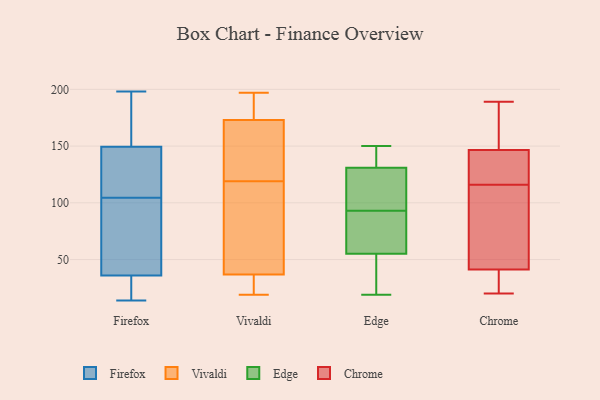
{"axis": {"x": "Satisfaction Score", "y": "Value"}, "legend": ["Chrome", "Edge", "Firefox", "Vivaldi"], "data": [{"x": "", "y": 14, "type": "Firefox"}, {"x": "", "y": 46, "type": "Firefox"}, {"x": "", "y": 152, "type": "Firefox"}, {"x": "", "y": 22, "type": "Firefox"}, {"x": "", "y": 184, "type": "Firefox"}, {"x": "", "y": 20, "type": "Firefox"}, {"x": "", "y": 147, "type": "Firefox"}, {"x": "", "y": 30, "type": "Firefox"}, {"x": "", "y": 130, "type": "Firefox"}, {"x": "", "y": 198, "type": "Firefox"}, {"x": "", "y": 161, "type": "Firefox"}, {"x": "", "y": 100, "type": "Firefox"}, {"x": "", "y": 42, "type": "Firefox"}, {"x": "", "y": 131, "type": "Firefox"}, {"x": "", "y": 175, "type": "Firefox"}, {"x": "", "y": 103, "type": "Firefox"}, {"x": "", "y": 106, "type": "Firefox"}, {"x": "", "y": 20, "type": "Firefox"}, {"x": "", "y": 81, "type": "Firefox"}, {"x": "", "y": 126, "type": "Firefox"}, {"x": "", "y": 185, "type": "Vivaldi"}, {"x": "", "y": 73, "type": "Vivaldi"}, {"x": "", "y": 119, "type": "Vivaldi"}, {"x": "", "y": 155, "type": "Vivaldi"}, {"x": "", "y": 22, "type": "Vivaldi"}, {"x": "", "y": 21, "type": "Vivaldi"}, {"x": "", "y": 136, "type": "Vivaldi"}, {"x": "", "y": 19, "type": "Vivaldi"}, {"x": "", "y": 193, "type": "Vivaldi"}, {"x": "", "y": 33, "type": "Vivaldi"}, {"x": "", "y": 87, "type": "Vivaldi"}, {"x": "", "y": 197, "type": "Vivaldi"}, {"x": "", "y": 90, "type": "Vivaldi"}, {"x": "", "y": 169, "type": "Vivaldi"}, {"x": "", "y": 38, "type": "Vivaldi"}, {"x": "", "y": 145, "type": "Vivaldi"}, {"x": "", "y": 197, "type": "Vivaldi"}, {"x": "", "y": 55, "type": "Edge"}, {"x": "", "y": 101, "type": "Edge"}, {"x": "", "y": 19, "type": "Edge"}, {"x": "", "y": 145, "type": "Edge"}, {"x": "", "y": 34, "type": "Edge"}, {"x": "", "y": 89, "type": "Edge"}, {"x": "", "y": 150, "type": "Edge"}, {"x": "", "y": 42, "type": "Edge"}, {"x": "", "y": 127, "type": "Edge"}, {"x": "", "y": 135, "type": "Edge"}, {"x": "", "y": 79, "type": "Edge"}, {"x": "", "y": 67, "type": "Edge"}, {"x": "", "y": 97, "type": "Edge"}, {"x": "", "y": 131, "type": "Edge"}, {"x": "", "y": 69, "type": "Chrome"}, {"x": "", "y": 148, "type": "Chrome"}, {"x": "", "y": 31, "type": "Chrome"}, {"x": "", "y": 189, "type": "Chrome"}, {"x": "", "y": 138, "type": "Chrome"}, {"x": "", "y": 122, "type": "Chrome"}, {"x": "", "y": 146, "type": "Chrome"}, {"x": "", "y": 39, "type": "Chrome"}, {"x": "", "y": 51, "type": "Chrome"}, {"x": "", "y": 42, "type": "Chrome"}, {"x": "", "y": 20, "type": "Chrome"}, {"x": "", "y": 176, "type": "Chrome"}, {"x": "", "y": 138, "type": "Chrome"}, {"x": "", "y": 25, "type": "Chrome"}, {"x": "", "y": 94, "type": "Chrome"}, {"x": "", "y": 116, "type": "Chrome"}, {"x": "", "y": 186, "type": "Chrome"}]}